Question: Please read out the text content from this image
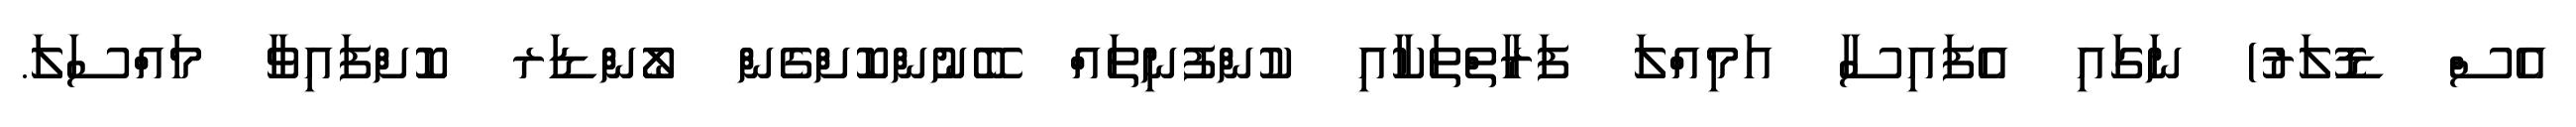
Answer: އެސް ޑޮލަރު) ނަގައި އެފައިސާ އަމިއްލަ ފަރާތްތަކާއި ކުންފުނިތައް ބޭނުންކޮށްގެން ލޯންޑަރ ކޮށްފައިވާ މައްސަލަ.